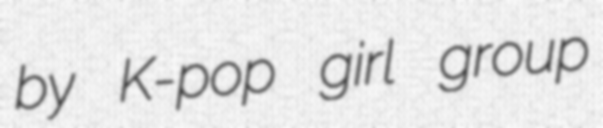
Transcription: by K-pop girl group